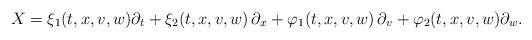
LaTeX: \begin{align*}X=\xi _{1}(t,x,v,w)\partial_t+\xi _{2}(t,x,v,w)\,\partial_x+\varphi _{1}(t,x,v,w)\,\partial_v+\varphi _{2}(t,x,v,w)\partial_w. \end{align*}